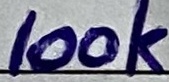
Text: 100K